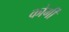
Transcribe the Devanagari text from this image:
कोर्गी